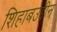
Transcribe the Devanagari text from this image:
शिहाबउद्दीन